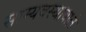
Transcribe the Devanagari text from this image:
साम्यवस्थावाले